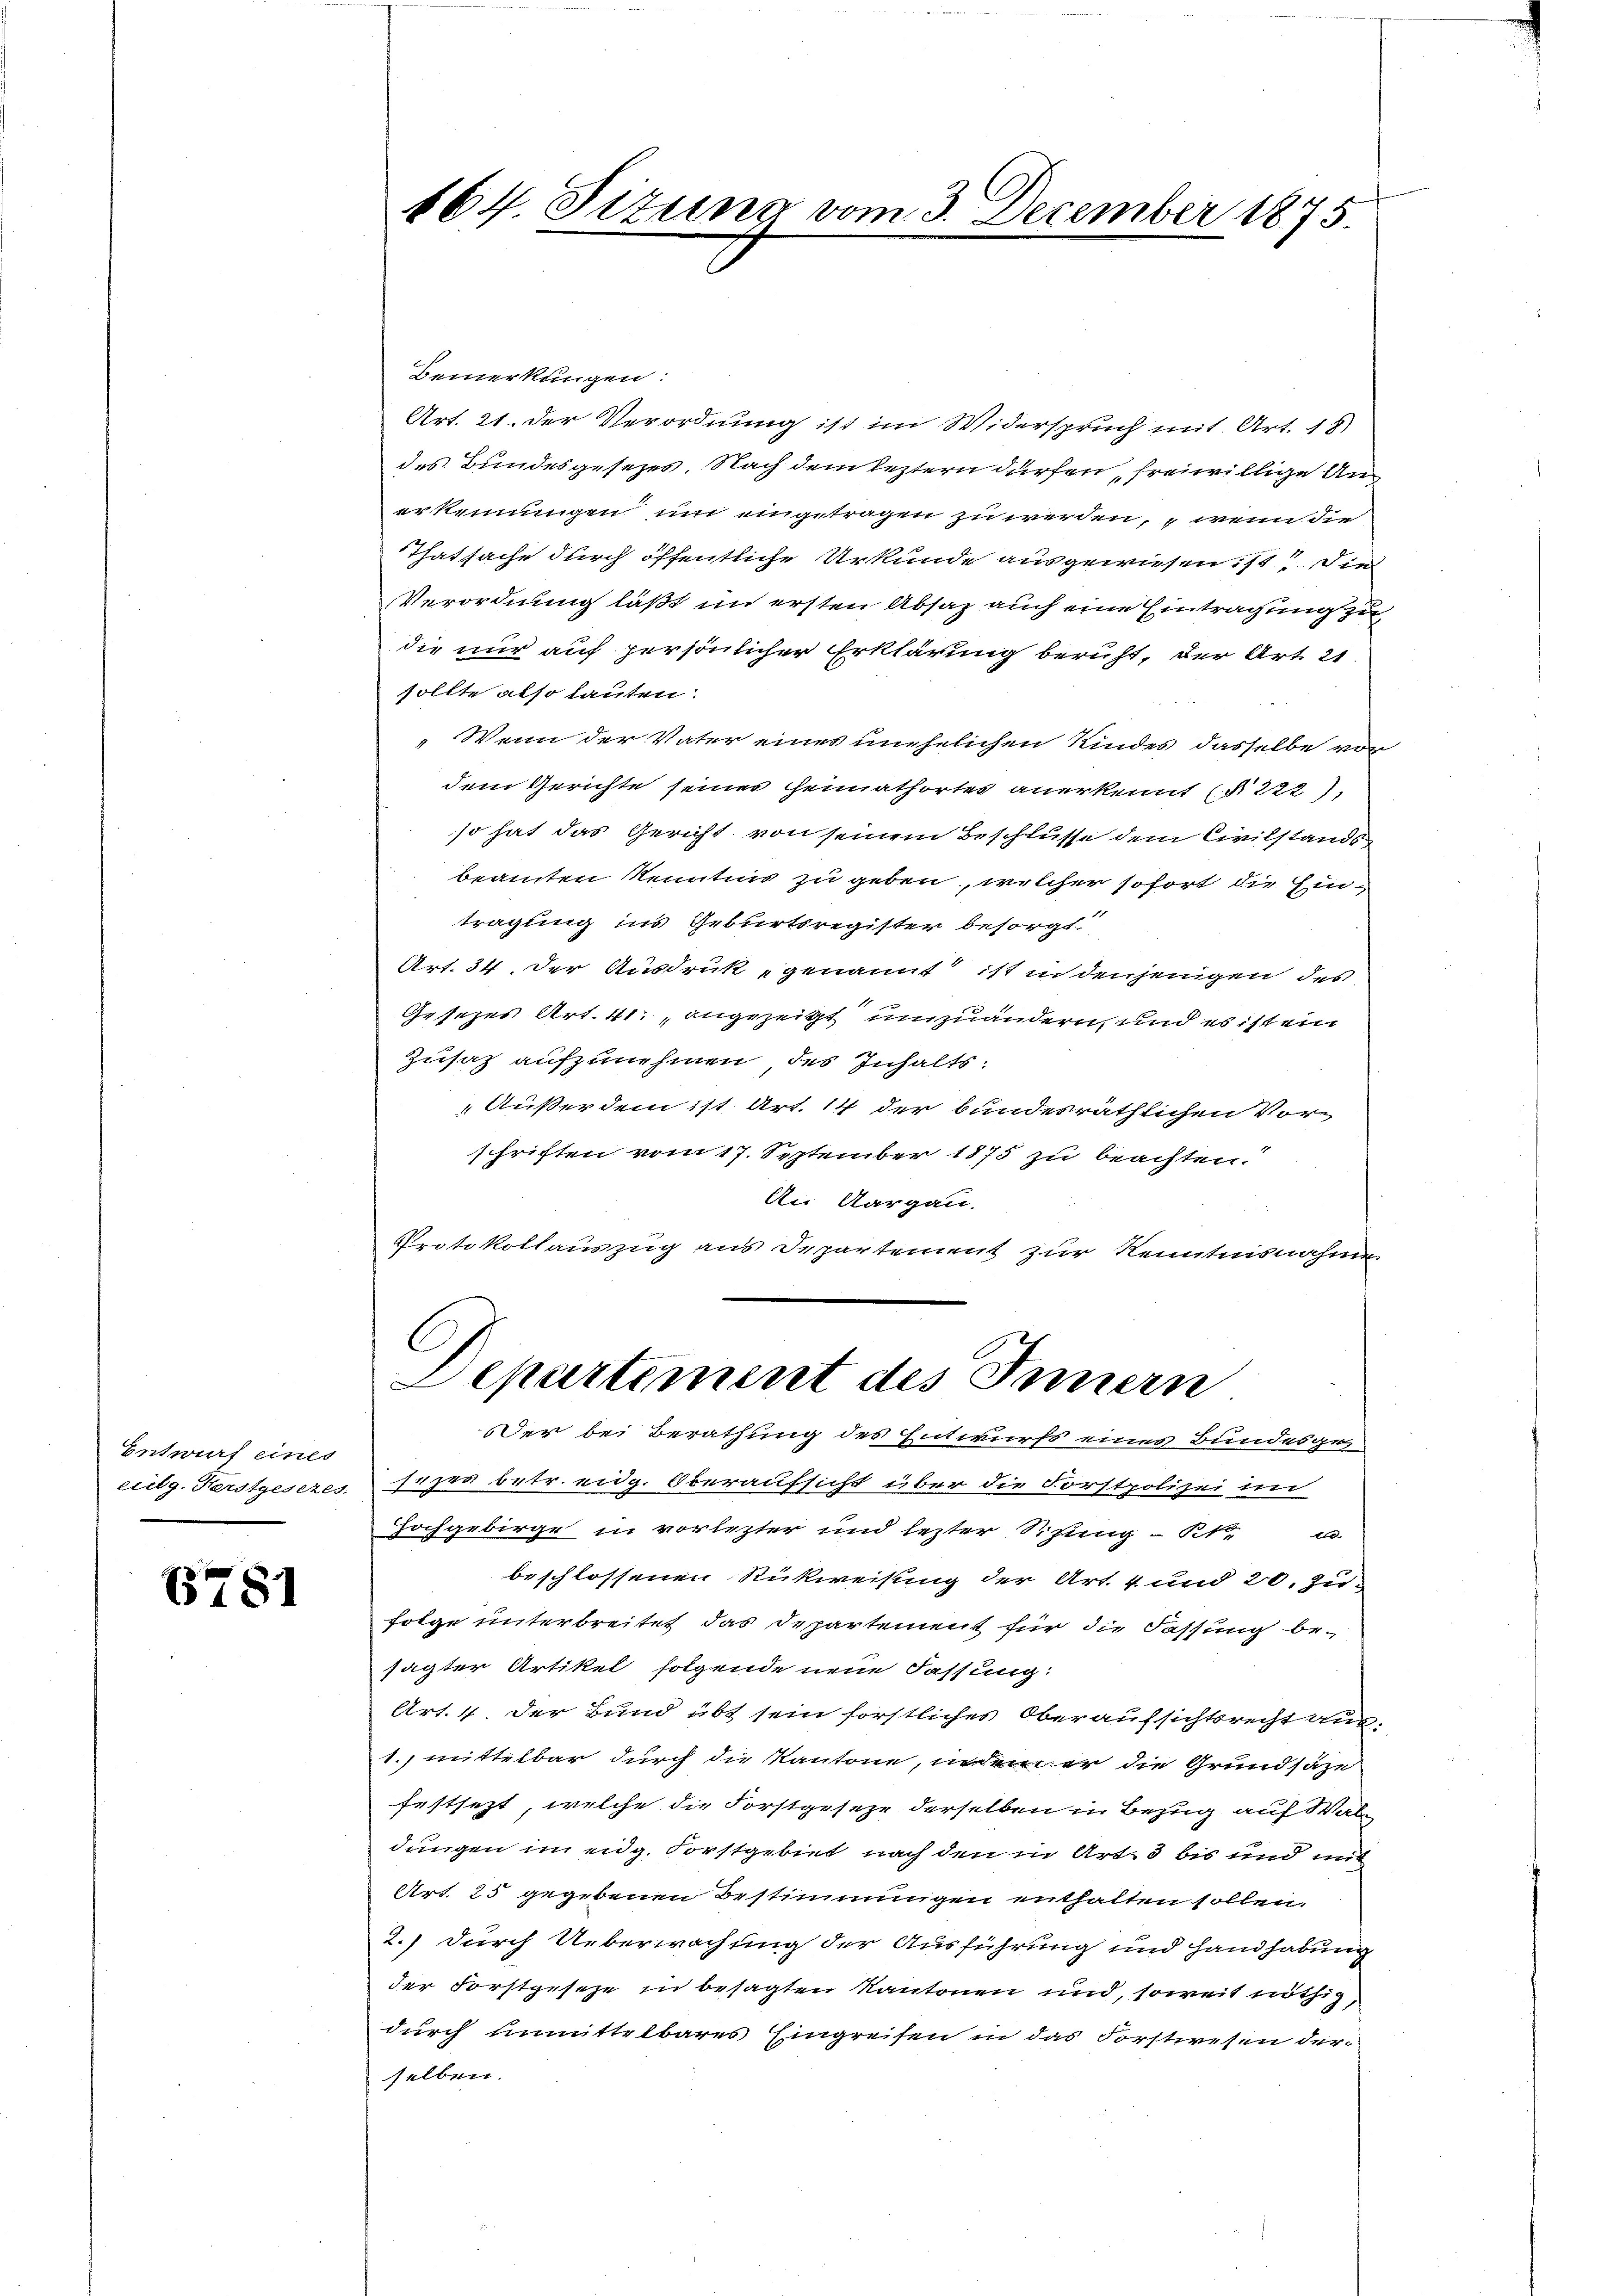
Entwurf eines
eilg. Herstgesezes

6781

164. Sizung vom 3. December 1875.

Bemerkungen:
Art. 21. Der Verordnung ist im Widerspruch mit Art. 18)
des Bundesgesezes. Nach dem leztern dürfen freiwillige Unerkennungen um eingetragen zu werden, wenn die
Thatsache durch öffentliche Urkunde ausgewiesen ist? Die
Verordnung läßt im ersten Absaz auch eine Eintragung zu
die nur auf persönlicher Erklärung beruht, der Art. 21
sollte also lauten.
" Wenn der Vater eines unehelichen Kindes dasselbe vor
dem Gerichte seines Heimathortes anerkennt (§ 222),
so hat das Gericht von seinem Beschlusse dem Civilstandsbeamten Kenntnis zu geben, welcher sofort die Eintragung ins Geburtsregister besorgt
Art. 34. Der Ausdruk genannt ist in denjenigen des
Gesezes Art. 41, angezeigt umzuändern, und es ist ein
Zusatz aufzunehmen, des Inhalts¬
Außerdem ist Art. 14 der bundesräthlichen Vor-
schriften vom 17. September 1875 zu beachten.
An Aargau.
Protokollauszug aus Departement zur Kenntnisnahme
l
Departement des Innern
der bei Berathung des Entwurfs eines Bundesges
supra betr. eidg. Oberaufsicht über die Forstpolizei im
Hochgebirge in vorlezter und lezter Situng - Kt.
beschlossenen Rückweisung der Art. 4 und 20. Zu-
folge unterbreitet das Departement für die Fassung besagter Artikel folgende neue Fassung:
Art. 4. Der Bund übt sein förstliches Oberaufsichtsrecht aus
1. mittelbar durch die Kantone, indem er die Grundsäze
festsezt, welche die Forstgeseze derselben in Bezug auf Wal
dungen im eidg. Forstgebiet nach den in Art. 3 bis und mit
Art. 25 gegebenen Bestimmungen enthalten sollen.
2.) durch Ueberwachung der Ausführung und Handhabung
der Forstgeseze in besagten Kantonen und, soweit nöthig,
durch unmittelbares Eingreifen in das Forstwesen der
selben.